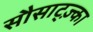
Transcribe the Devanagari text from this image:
सौसाट्ज़्का